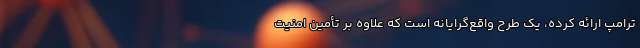
ترامپ ارائه کرده، یک طرح واقع‌گرایانه است که علاوه بر تأمین امنیت